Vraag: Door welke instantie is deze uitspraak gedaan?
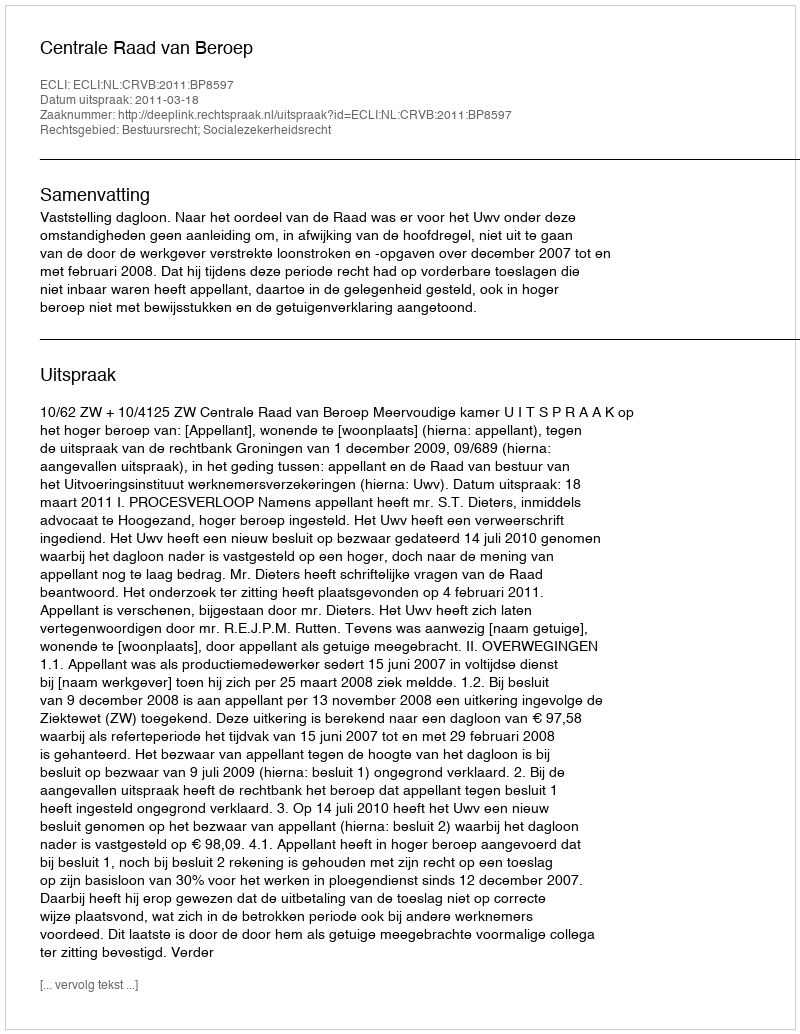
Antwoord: Centrale Raad van Beroep